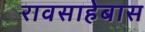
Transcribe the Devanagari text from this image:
रावसाहेबास